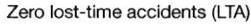
Zero lost-time accidents (LTA)